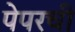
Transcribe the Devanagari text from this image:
पेपरची